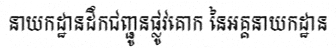
នាយកដ្ឋានដឹកជញ្ជូនផ្លូវគោក នៃអគ្គនាយកដ្ឋាន